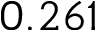
0 . 2 6 1